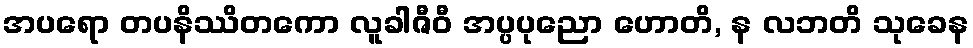
အပရော တပနိဿိတကော လူခါဇီဝီ အပ္ပပုညော ဟောတိ, န လဘတိ သုခေန